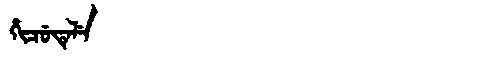
Manchu: ᡥᡳᠴᡠᡨᡝᠯᡝ
Romanization: HICUTELE